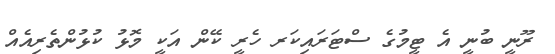
ރޫނީ ބުނީ އެ ޓީމުގެ ސްޓަރައިކަރ ހެރީ ކޭން އަކީ މޮޅު ކުޅުންތެރިއެއް